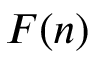
F ( n )